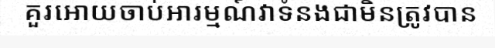
គួរអោយចាប់អារម្មណ៍វាទំនងជាមិនត្រូវបាន